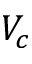
V _ { c }